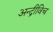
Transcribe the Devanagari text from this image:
अन्द्रीविच